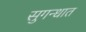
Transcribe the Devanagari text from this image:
सुगन्धात